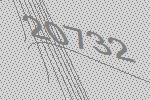
20732